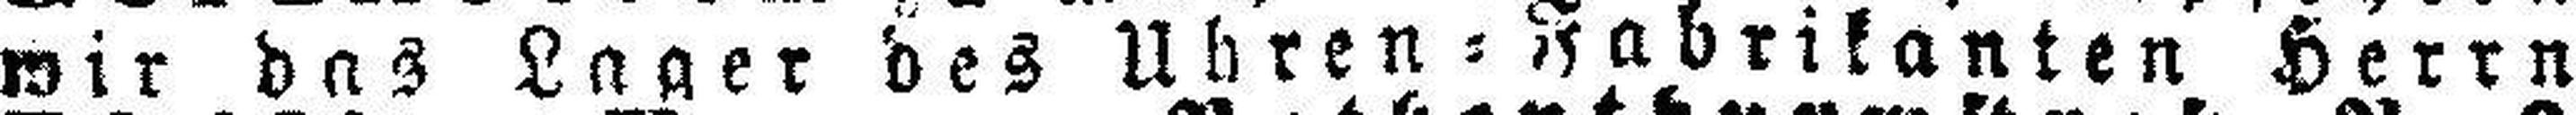
wir das Lager des Uhren = Fabrikanten Herrn